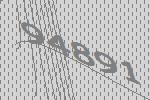
94891